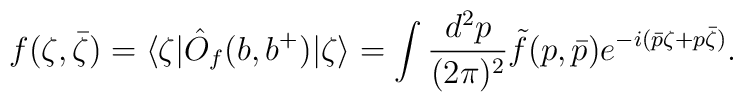
f (\zeta,{\bar \zeta} )= \langle \zeta| \hat{O}_f(b,b^+ )| \zeta \rangle =\int { d^2p \over (2\pi)^2}\tilde{f}(p, {\bar p } ) e^{-i( \bar p \zeta +  p \bar \zeta) } .